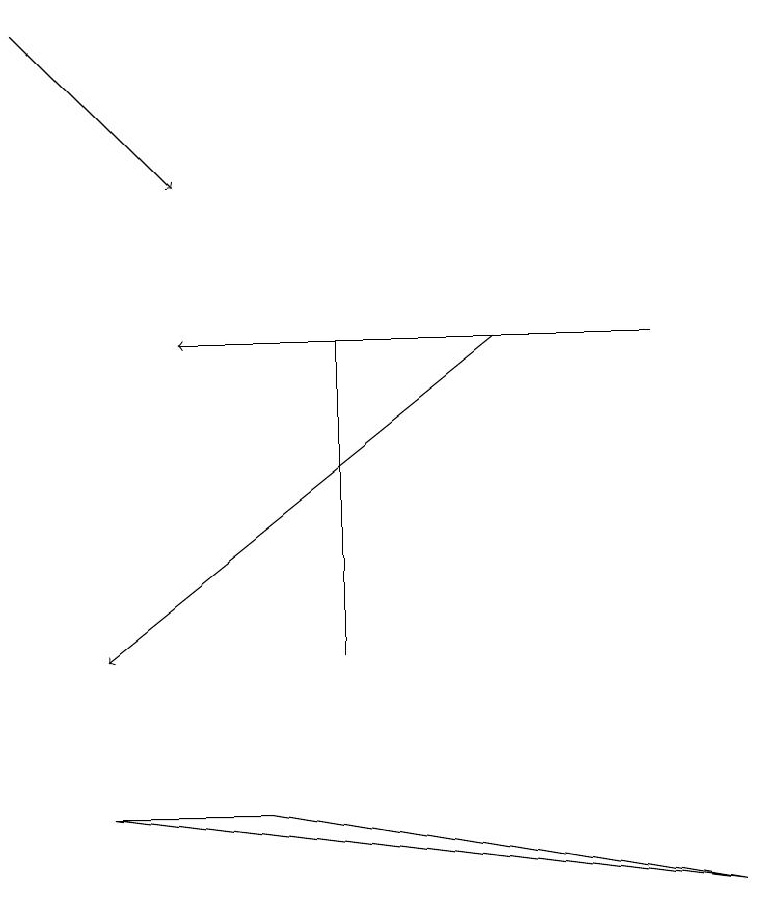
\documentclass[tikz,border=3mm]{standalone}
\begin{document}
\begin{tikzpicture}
\draw[->] (0,19) -- (2,17);
\draw (4,15) rectangle (4,11);
\draw[->] (8,15) -- (2,15);
\draw (3,9) -- (1,9) -- (9,8) -- cycle;
\draw[->] (6,15) -- (1,11);
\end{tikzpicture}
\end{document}